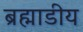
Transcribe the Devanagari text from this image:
ब्रह्माडीय